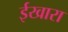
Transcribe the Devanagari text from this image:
ईखारा